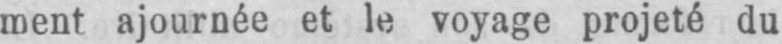
ment ajournée et le voyage projeté du